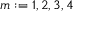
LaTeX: m : = 1 , 2 , 3 , 4